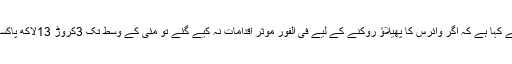
ویب سائٹ نیا دور کے مطابق نمرا حیات نوریز اور احمد نوریز رانا نامی ماہرین نے کہا ہے کہ اگر وائرس کا پھیلاﺅ روکنے کے لیے فی الفور موثر اقدامات نہ کیے گئے تو مئی کے وسط تک 3کروڑ 13لاکھ پاکستانی اس وائرس میں مبتلا ہو جائیں گے جوکہ پاکستان کی کل آبادی کا 14فیصد ہے۔